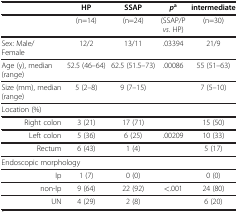
|  | HP | SSAP | pa | intermediate |
 | --- | --- | --- | --- | --- |
 |  | (n=14) | (n=24) | (SSAP/P vs. HP) | (n=30) |
 | Sex: Male/Female | 12/2 | 13/11 | .03394 | 21/9 |
 | Age (y), median (range) | 52.5 (46–64) | 62.5 (51.5–73) | .00086 | 55 (51–63) |
 | Size (mm), median (range) | 5 (2–8) | 9 (7–15) |  | 7 (5–10) |
 | Location (%) |  |  |  |  |
 | Right colon | 3 (21) | 17 (71) |  | 15 (50) |
 | Left colon | 5 (36) | 6 (25) | .00209 | 10 (33) |
 | Rectum | 6 (43) | 1 (4) |  | 5 (17) |
 | <COLSPAN=5> Endoscopic morphology |
 | Ip | 1 (7) | 0 (0) |  | 0 (0) |
 | non-Ip | 9 (64) | 22 (92) | <.001 | 24 (80) |
 | UN | 4 (29) | 2 (8) |  | 6 (20) |